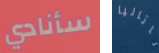
سأنادي ناتاليا